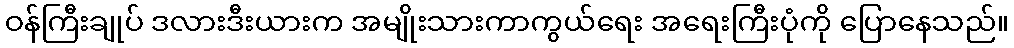
ဝန်ကြီးချုပ် ဒလားဒီးယားက အမျိုးသားကာကွယ်ရေး အရေးကြီးပုံကို ပြောနေသည်။